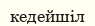
кедейшіл